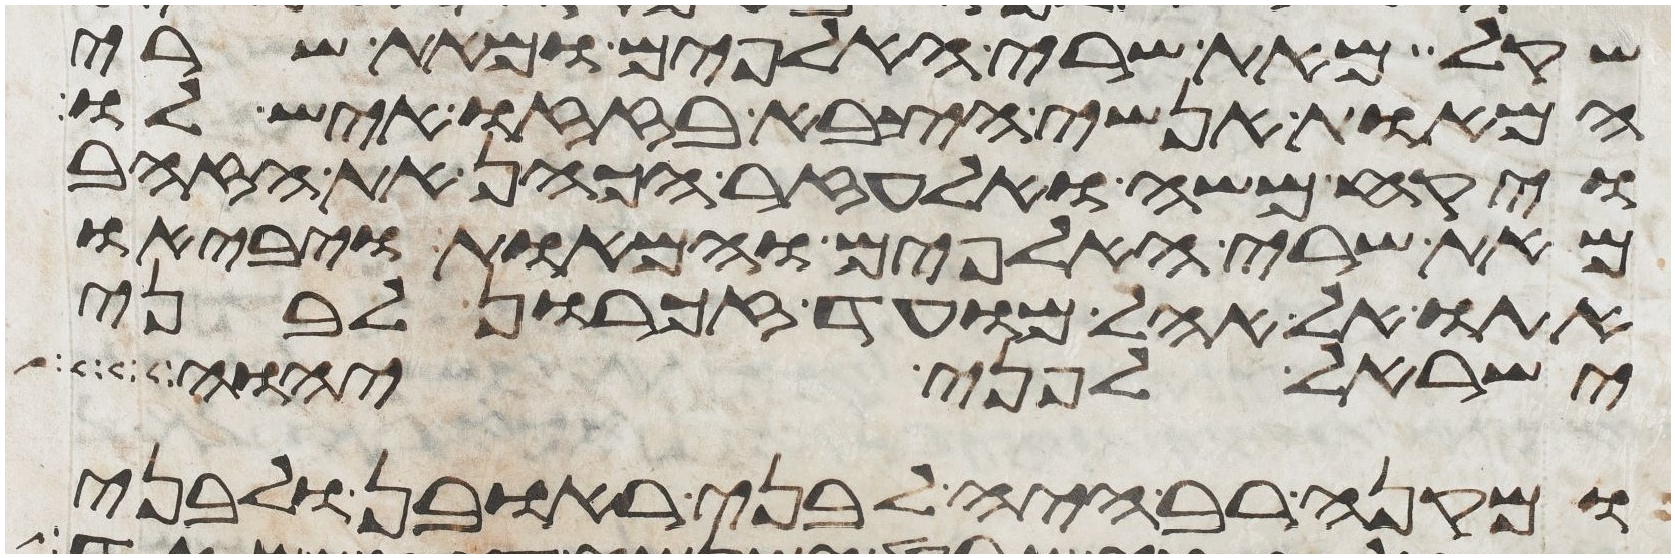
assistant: שקל מאת שרי האלפים ומאת שרי
המאות אנשי הצבא בזזו איש לו
ויקח משה ואלעזר הכהן את הזהב
מאת שרי האלפים והמאות ויביאו
אתו אל אהל מועד זכרון לבני
ישראל לפני יהוה
ומקנה רב היה לבני ראובן ולבני